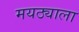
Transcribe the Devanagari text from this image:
मयठ्याला